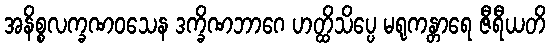
အနိစ္စလက္ခဏဝသေန ဒက္ခိဏဘာဂေ ဟတ္ထိသိပ္ပေ မရုကန္တာရေ ဇီရီယတိ